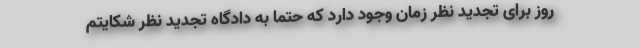
روز برای تجدید نظر زمان وجود دارد که حتما به دادگاه تجدید نظر شکایتم